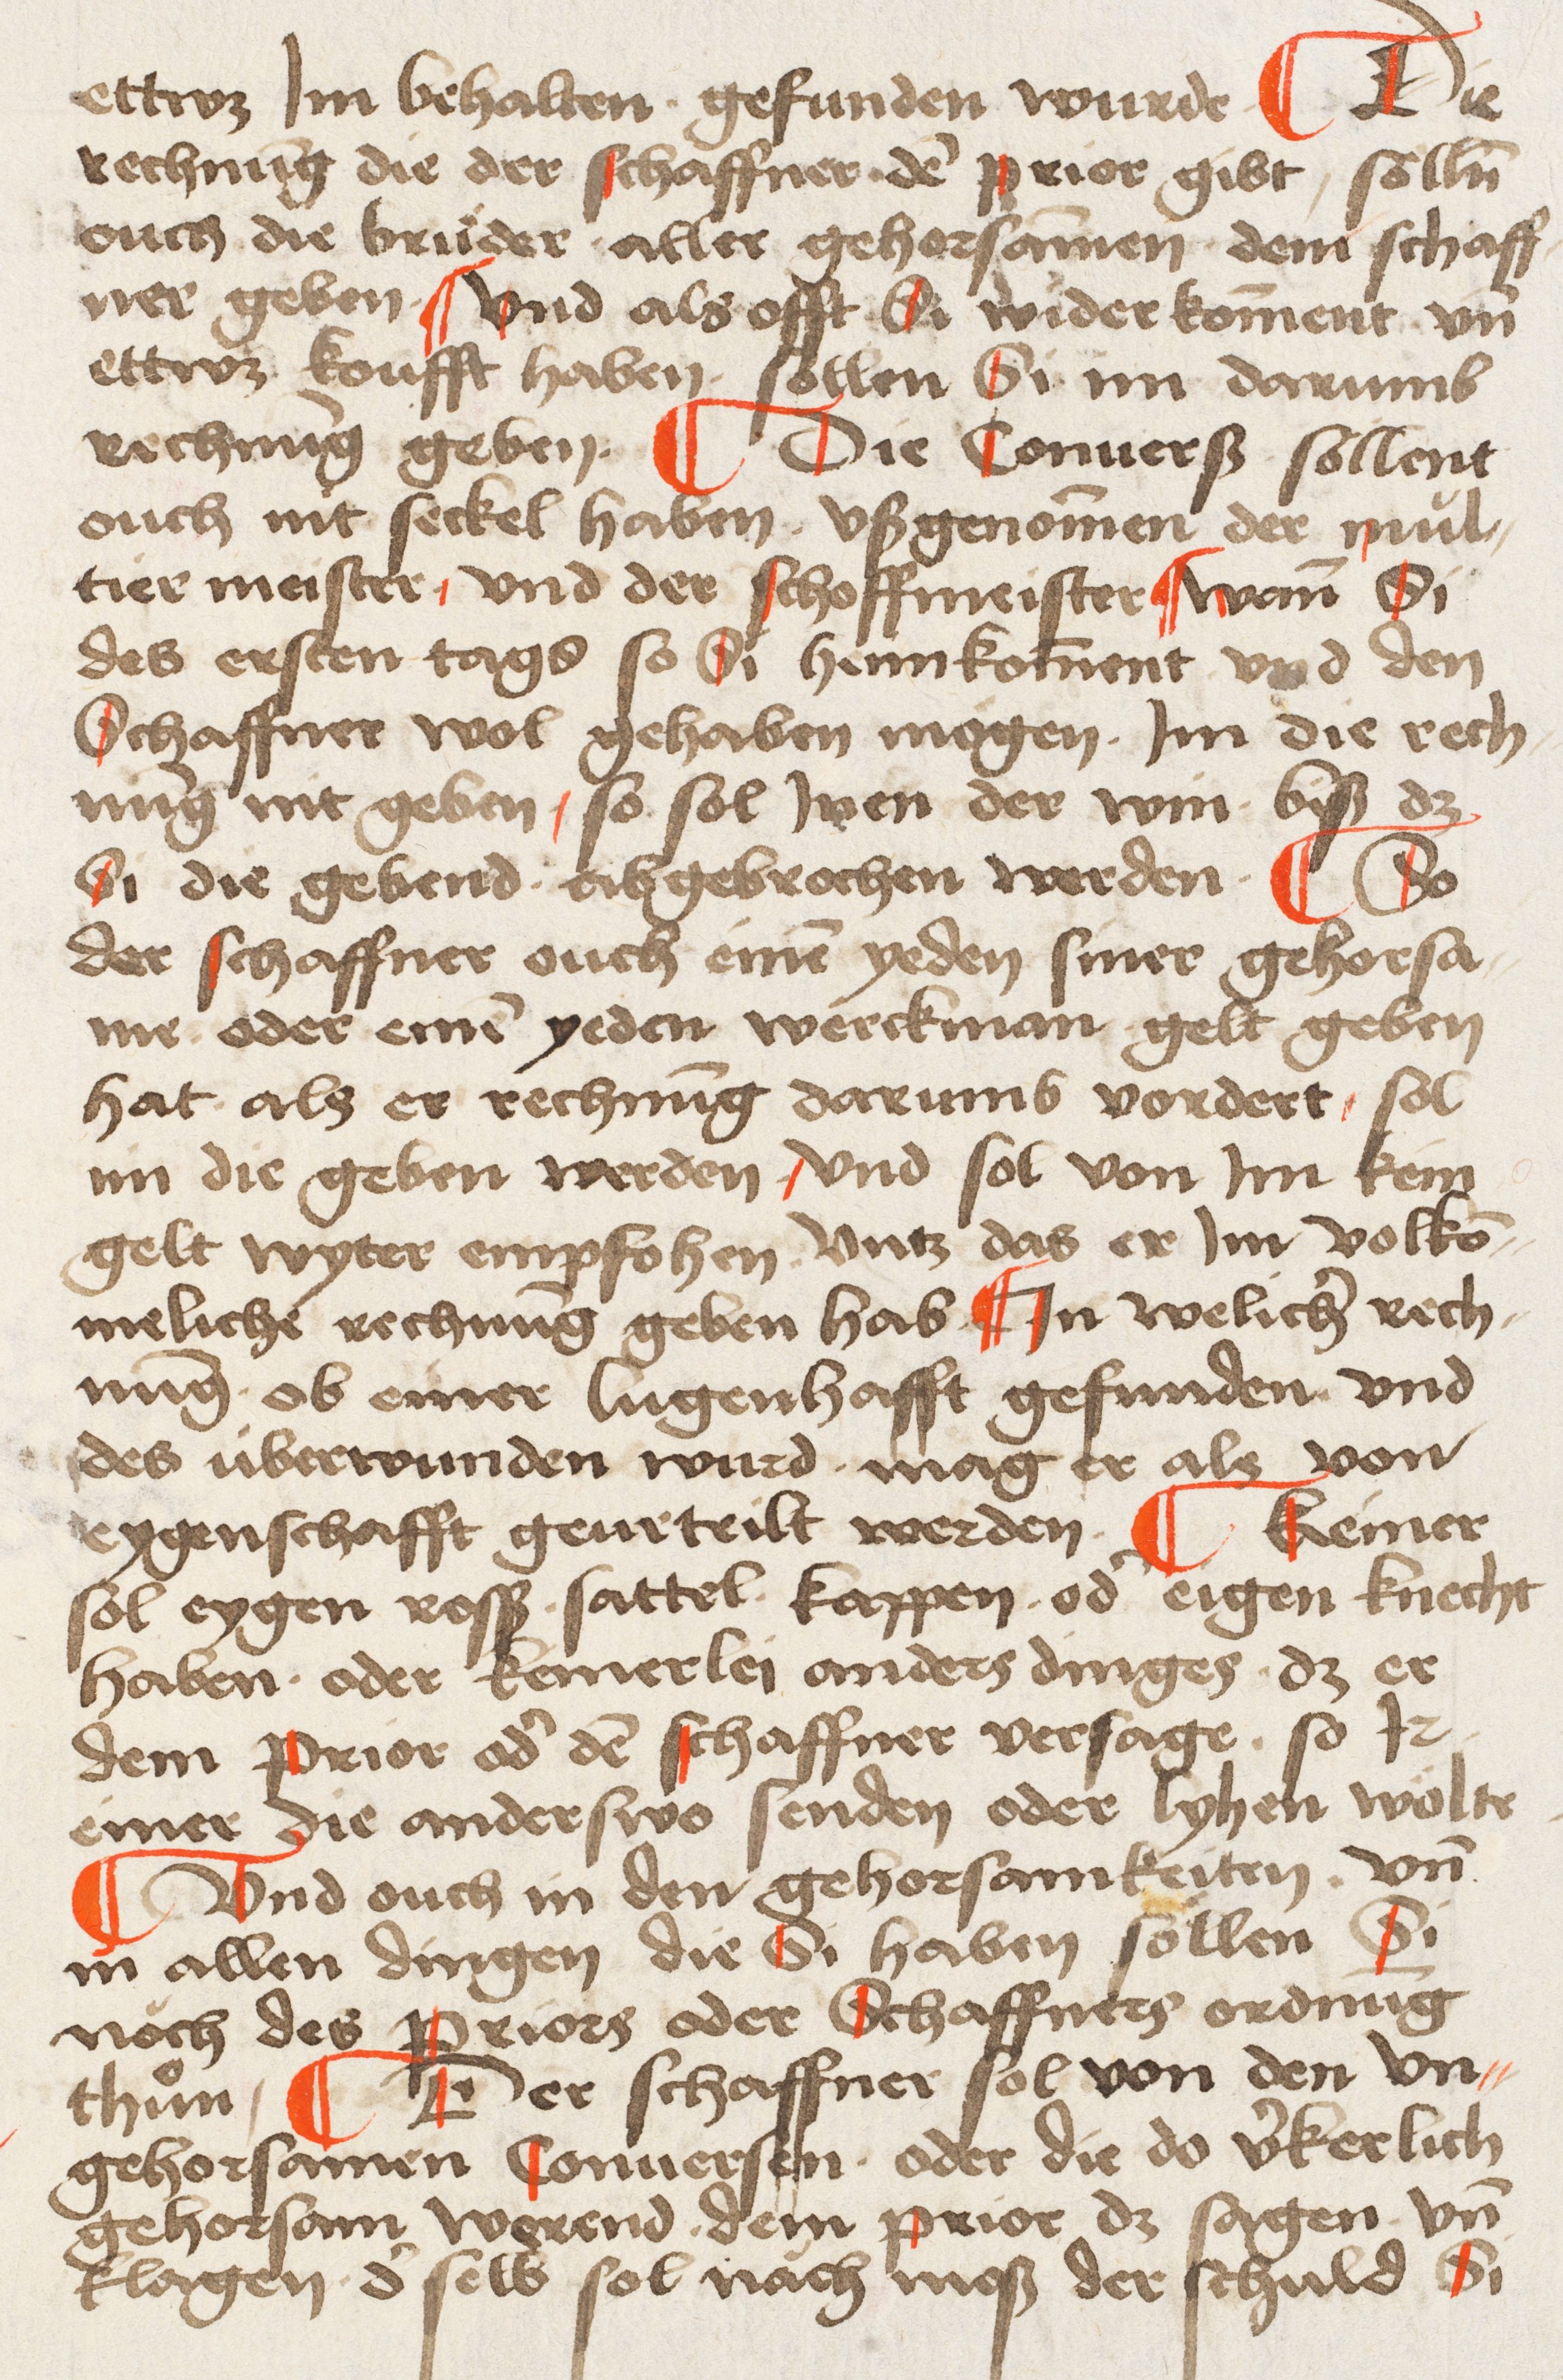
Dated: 1495–1514